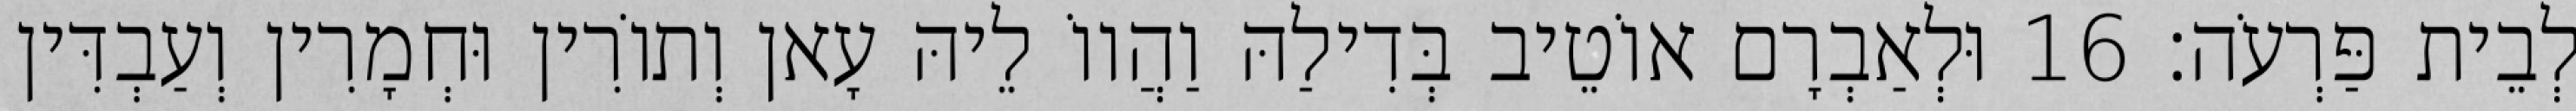
לְבֵית פַּרְעֹה׃ 16 וּלְאַבְרָם אוֹטֵיב בְּדִילַהּ וַהֲווֹ לֵיהּ עָאן וְתוֹרִין וּחְמָרִין וְעַבְדִּין